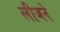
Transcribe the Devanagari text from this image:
लीजने